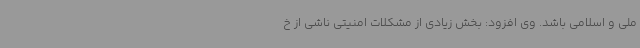
ملی و اسلامی باشد. وی افزود: بخش زیادی از مشکلات امنیتی ناشی از خ